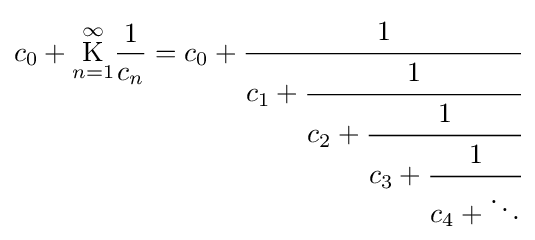
c_{0}+{\underset {n=1}{\overset {\infty }{\mathrm {K} }}}{\frac {1}{c_{n}}}=c_{0}+{\cfrac {1}{c_{1}+{\cfrac {1}{c_{2}+{\cfrac {1}{c_{3}+{\cfrac {1}{c_{4}+\ddots }}}}}}}}